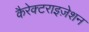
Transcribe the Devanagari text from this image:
कैरेक्टराइज़ेशन